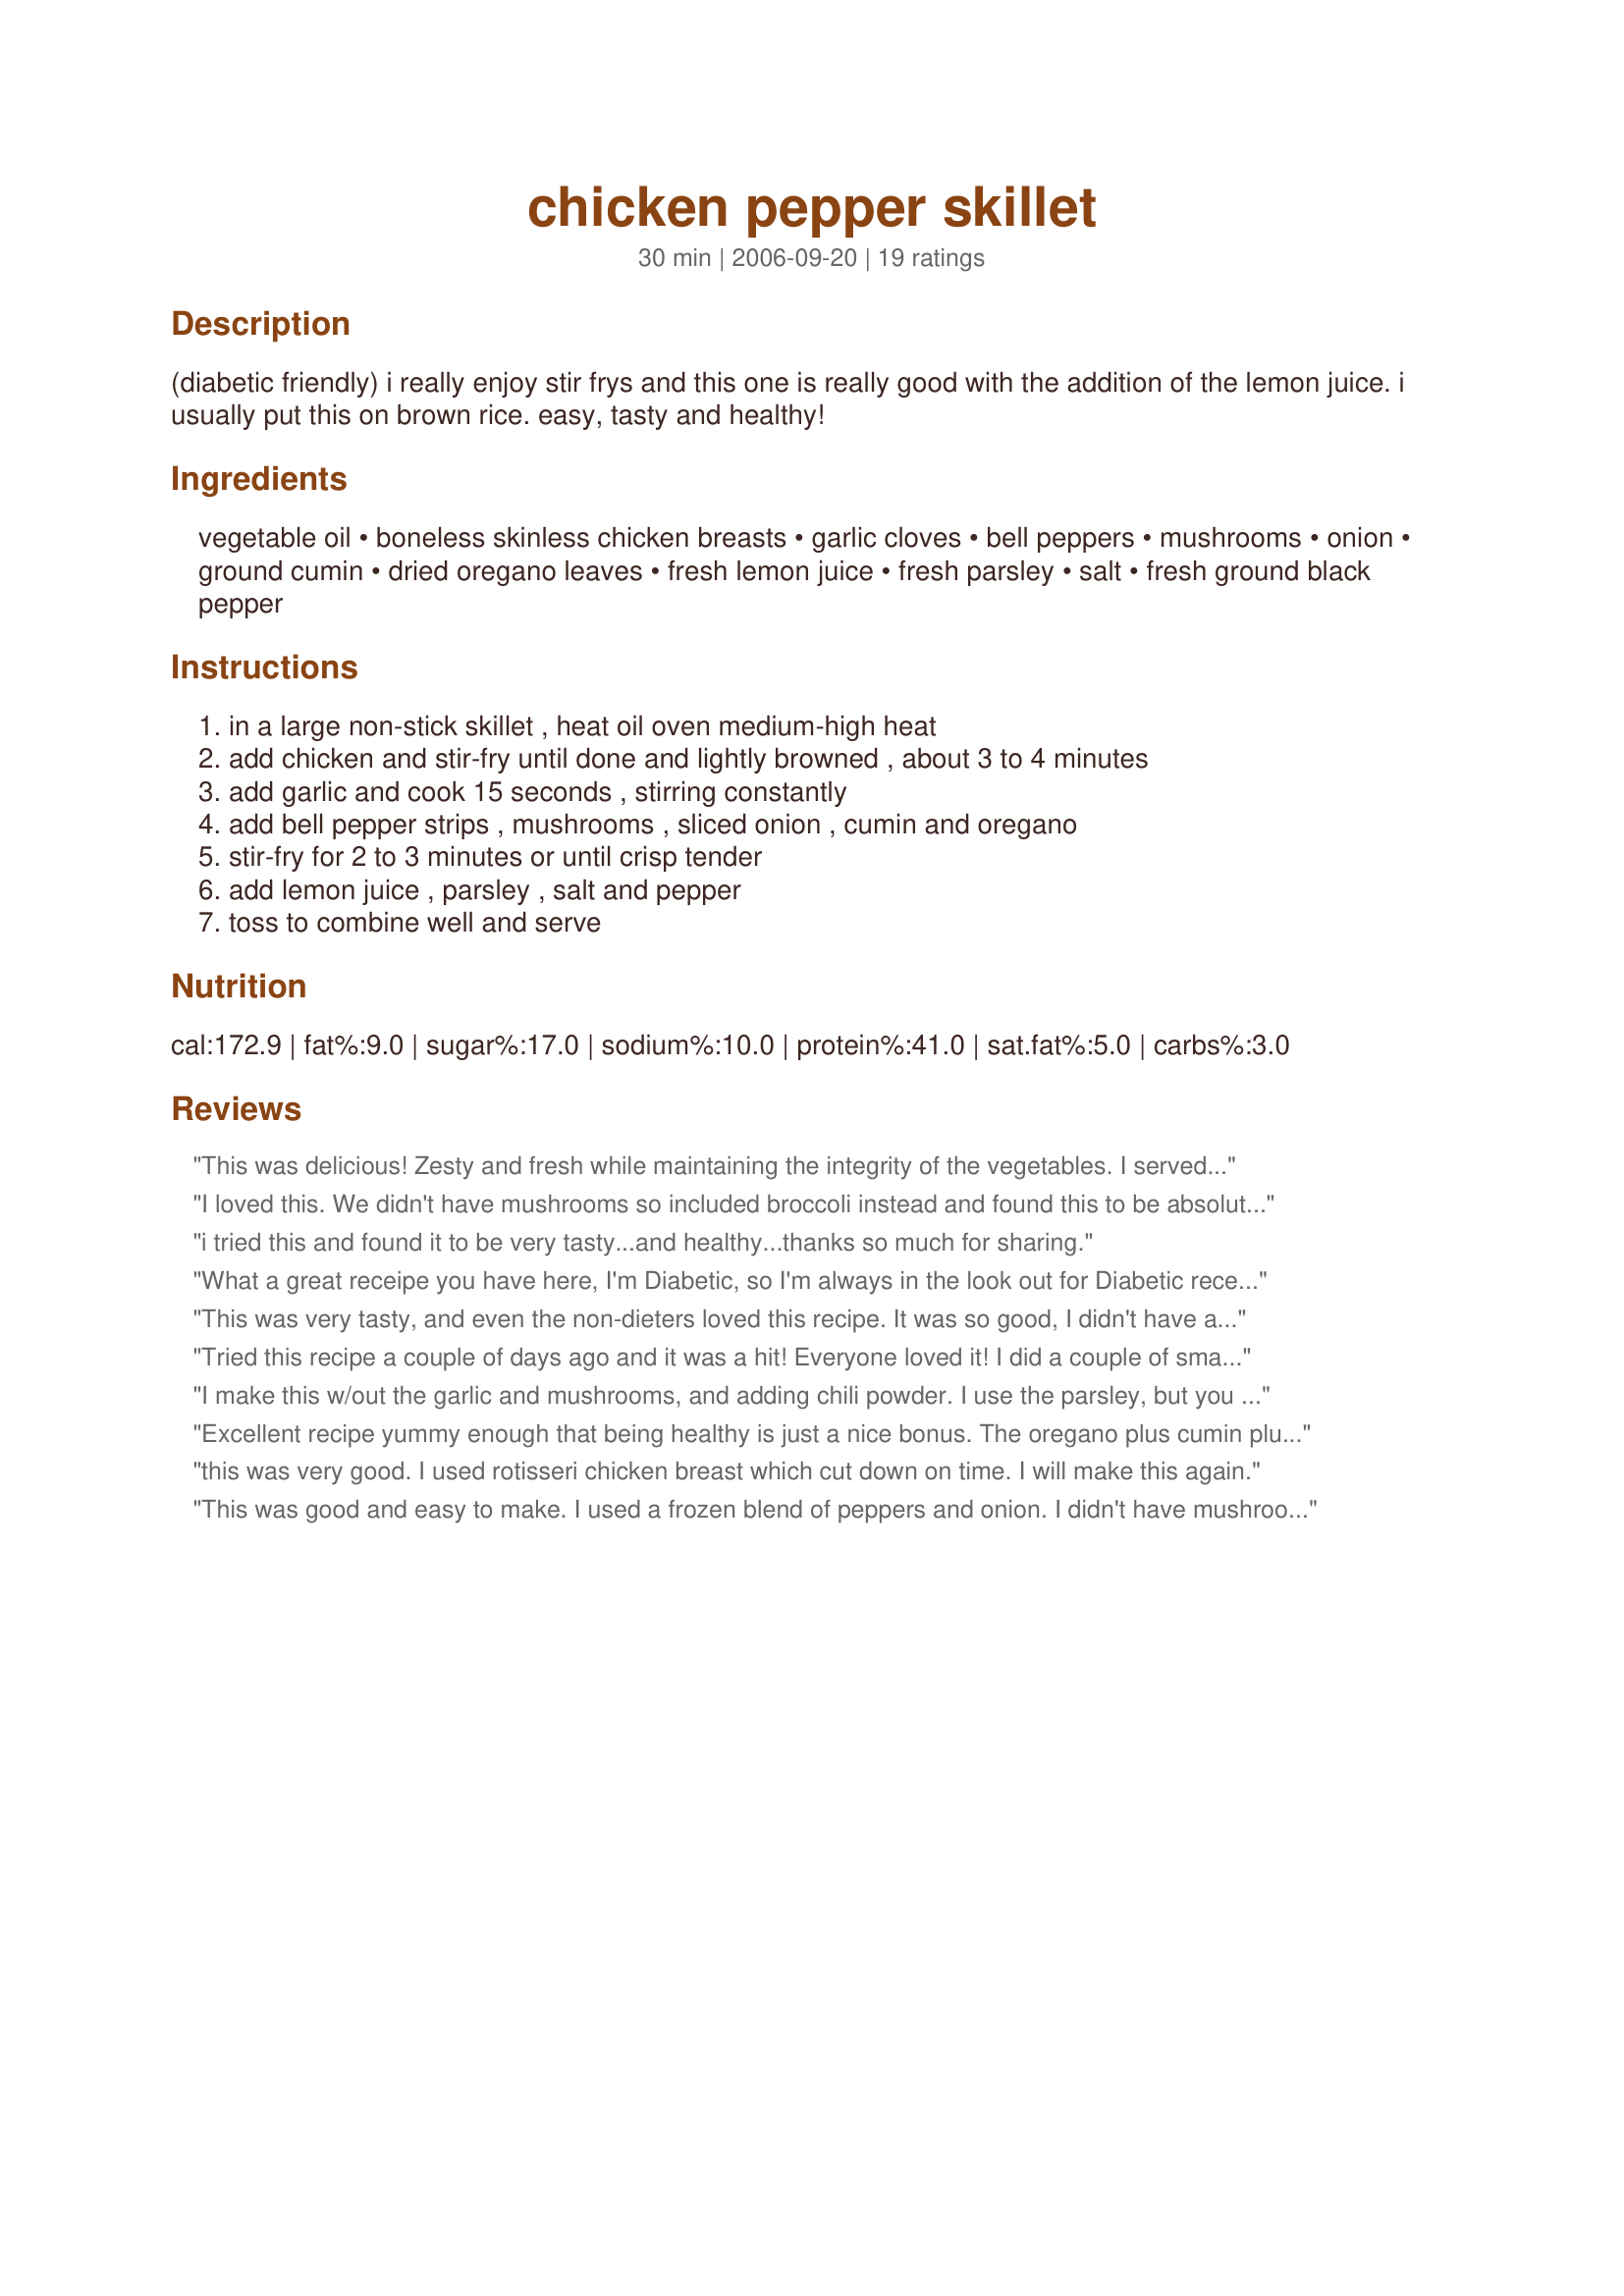
chicken pepper skillet
Preparation time: 30 minutes

(diabetic friendly) i really enjoy stir frys and this one is really good with the addition of the lemon juice. i usually put this on brown rice. easy, tasty and healthy!

Ingredients:
vegetable oil, boneless skinless chicken breasts, garlic cloves, bell peppers, mushrooms, onion, ground cumin, dried oregano leaves, fresh lemon juice, fresh parsley, salt, fresh ground black pepper

Steps:
in a large non-stick skillet , heat oil oven medium-high heat, add chicken and stir-fry until done and lightly browned , about 3 to 4 minutes, add garlic and cook 15 seconds , stirring constantly, add bell pepper strips , mushrooms , sliced onion , cumin and oregano, stir-fry for 2 to 3 minutes or until crisp tender, add lemon juice , parsley , salt and pepper, toss to combine well and serve

Reviews:
This was delicious! Zesty and fresh while maintaining the integrity of the vegetables. I served it with warm tortillas and some reduced fat shredded cheese to make fajitas. This has been a frequent request by my non veggie loving boys! YUM!
I loved this. We didn't have mushrooms so included broccoli instead and found this to be absolutely delicious. Also mixed a little soy sauce and wasabi and dribbled over the top for extra zesty flavoring!
i tried this and found it to be very tasty...and healthy...thanks so much for sharing.
What a great receipe you have here, I'm Diabetic, so I'm always in the look out for Diabetic receipes. All the flavours blended so well together, VERY VERY tasty
indeed, I will be making this very often, thanks so much for posting.
This was very tasty, and even the non-dieters loved this recipe. It was so good, I didn't have any leftovers to take to work the next day.
Tried this recipe a couple of days ago and it was a hit! Everyone loved it! I did a couple of small things differently but it still came out amazing. Great recipe!
I make this w/out the garlic and mushrooms, and adding chili powder. I use the parsley, but you can sub cilantro. I serve this w/tortillas or seasoned rice for the guys; for me, it's very low carb and very filling w/out the starch. Thanks for posting.
Excellent recipe yummy enough that being healthy is just a nice bonus. The oregano plus cumin plus lemon all really blend wonderfully while each definitely maintaining their own distinctive flavors. Thick cut mushrooms were an excellent suggestion, too. I have to agree that prep time took me quite a bit longer because of all the cutting, but much of that can be done in advance. Cooking time, too, took a little longer for the veggies to get cooked to that perfect crisp tender state, and next time I'll add the cumin and oregano before the veggies just to make it a little easier to blend them in since there is so much volume. This is a keeper that I'll make again and again.
this was very good. I used rotisseri chicken breast which cut down on time. I will make this again.
This was good and easy to make. I used a frozen blend of peppers and onion. I didn't have mushrooms. We all liked this but the rest of my family thought it needed some type of sauce as they thought it was a bit dry. I enjoyed it as is.
I was looking for a way to use up the leftover bell pepers I had (half a red, half a green, and half a yellow) before they went bad and stumbled upon this. I didn't have mushrooms, and I had to replace fresh lemon, garlic cloves, and fresh parsley with bottled, jarred minced, and dried respectively. I also had leftover chicken breast tenders, but only about a handful's worth. I otherwise followed this recipe exactly, adding a couple drops more of lemon juice. I was almost worried this would be too dry. It was very nice though, good flavor and colorful. Liked the lemon in this. I served this over white rice. BF's only criticism? He said I should have cut the bell peppers smaller, lol. :) Thanks Annacia for a simple and fresh-tasting dinner. :)
I made this last night with green, red & orange peppers instead of yellow. I really enjoyed the tang that the lemon gave the dish. Thanks for an easy and healthy meal Annacia!
I substituted the veg oil for sesame oil, changed the mushrooms to broccoli, added 3 T terrayaki sauce, and 1 can of water chestnuts for some extra crunch.
Wow - this made a huge skilletful of yummy stir fry! I reduced the chicken to 8oz and my family of three ate this all up last night over white rice. I loved the simple lemon, cumin and oregano flavors, although I did feel the need to add a couple dashes of soy sauce to mine. Like Uh Oh Maggie, my cooking time took took a bit longer than stated. Thanks for a tasty new chicken stir fry recipe!
Very good recipe. I would make this again. It took me a while for prep though because I had to cut up everything. So I wouldn't agree with only 7 min prep unless everything was already cut up.
I am trying to eat healthier these days and with recipes like this it won't be hard to do. I added more mushrooms because I love them and I only used red and green peppers, but it was delicious nonetheless. I served it with brown rice. I loved the lemon flavor. It can't get much better than tasty and healthy in my book! Thanks, Annacia.
Loved it. The addition of the lemon and parsley gave this dish real brightness and made a treat out of this simple stir-fry. I used orange peppers in lieu of the yellow and otherwise followed the recipe. My only adjustment next time will be to add more mushrooms and drop the into the skillet a bit later as they were cooked before the onions or peppers. Deee-lish-ious nonetheless. Thanks!
I make this all the time. We are on the south beach diet and with this recipe it does not feel like a diet at all.
 We top with light sour cream and part skim mozzerella cheese and it is awesome.. Great way to get in your veggies..
I made this last night and served over pasta for a little change. Really enjoyed the flavor of the dish with the lemon and and parsley but we thought that it was a little dry. Would have preferred to have a bit more sauce. Not a problem though next time we will add chicken broth and cornstarch to make a quick sauce. Will be adding this one to my favorites cookbook and making again in the future.
